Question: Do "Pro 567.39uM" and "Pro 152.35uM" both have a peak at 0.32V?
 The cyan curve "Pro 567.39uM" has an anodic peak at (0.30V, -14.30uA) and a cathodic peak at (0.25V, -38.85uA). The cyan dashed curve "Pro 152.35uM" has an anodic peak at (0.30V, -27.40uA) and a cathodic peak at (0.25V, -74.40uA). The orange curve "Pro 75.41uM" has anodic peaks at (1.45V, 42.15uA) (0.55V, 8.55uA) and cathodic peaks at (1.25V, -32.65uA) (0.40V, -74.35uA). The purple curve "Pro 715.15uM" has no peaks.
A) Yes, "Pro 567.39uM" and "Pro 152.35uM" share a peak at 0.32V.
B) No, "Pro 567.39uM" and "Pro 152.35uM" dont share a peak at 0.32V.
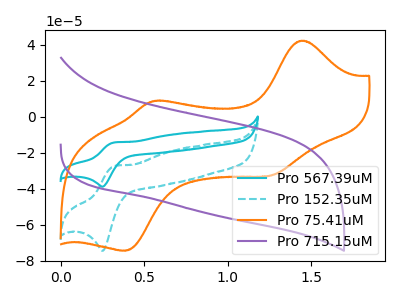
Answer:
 <answer>A) Yes, "Pro 567.39uM" and "Pro 152.35uM" share a peak at 0.32V.</answer>
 <eval>A</eval>